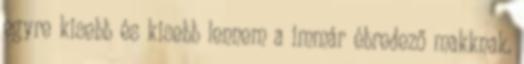
egyre kisebb és kisebb lennem a immár ébredező makknak.